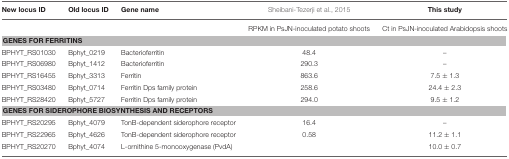
| New locus ID | Old locus ID | Gene name | Sheibani-Tezerji et al., 2015 | This study |
 | --- | --- | --- | --- | --- |
 |  |  |  | RPKM in PsJN-inoculated potato shoots | Ct in PsJN-inoculated Arabidopsis shoots |
 | <COLSPAN=5> GENES FOR FERRITINS |
 | BPHYT_RS01030 | Bphyt_0219 | Bacterioferritin | 48.4 | – |
 | BPHYT_RS06980 | Bphyt_1412 | Bacterioferritin | 290.3 | – |
 | BPHYT_RS16455 | Bphyt_3313 | Ferritin | 863.6 | 7.5 ± 1.3 |
 | BPHYT_RS03480 | Bphyt_0714 | Ferritin Dps family protein | 258.6 | 24.4 ± 2.3 |
 | BPHYT_RS28420 | Bphyt_5727 | Ferritin Dps family protein | 294.0 | 9.5 ± 1.2 |
 | <COLSPAN=5> GENES FOR SIDEROPHORE BIOSYNTHESIS AND RECEPTORS |
 | BPHYT_RS20295 | Bphyt_4079 | TonB-dependent siderophore receptor | 16.4 | – |
 | BPHYT_RS22965 | Bphyt_4626 | TonB-dependent siderophore receptor | 0.58 | 11.2 ± 1.1 |
 | BPHYT_RS20270 | Bphyt_4074 | L-ornithine 5-monooxygenase (PvdA) |  | 10.0 ± 0.7 |